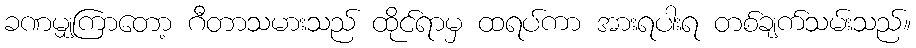
ခဏမျှကြာတော့ ဂီတာသမားသည် ထိုင်ရာမှ ထရပ်ကာ အားရပါးရ တစ်ချက်သမ်းသည်။